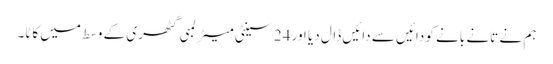
ہم نے تانے بانے کو دائیں سے دائیں ڈال دیا اور 24 سینٹی میٹر لمبی گٹھری کے وسط میں کاٹا۔